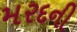
મરદની